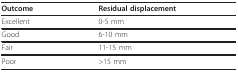
<table><thead><tr><td><b>Outcome</b></td><td><b>Residual displacement</b></td></tr></thead><tbody><tr><td>Excellent</td><td>0-5 mm</td></tr><tr><td>Good</td><td>6-10 mm</td></tr><tr><td>Fair</td><td>11-15 mm</td></tr><tr><td>Poor</td><td>&gt;15 mm</td></tr></tbody></table>